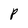
Character: P